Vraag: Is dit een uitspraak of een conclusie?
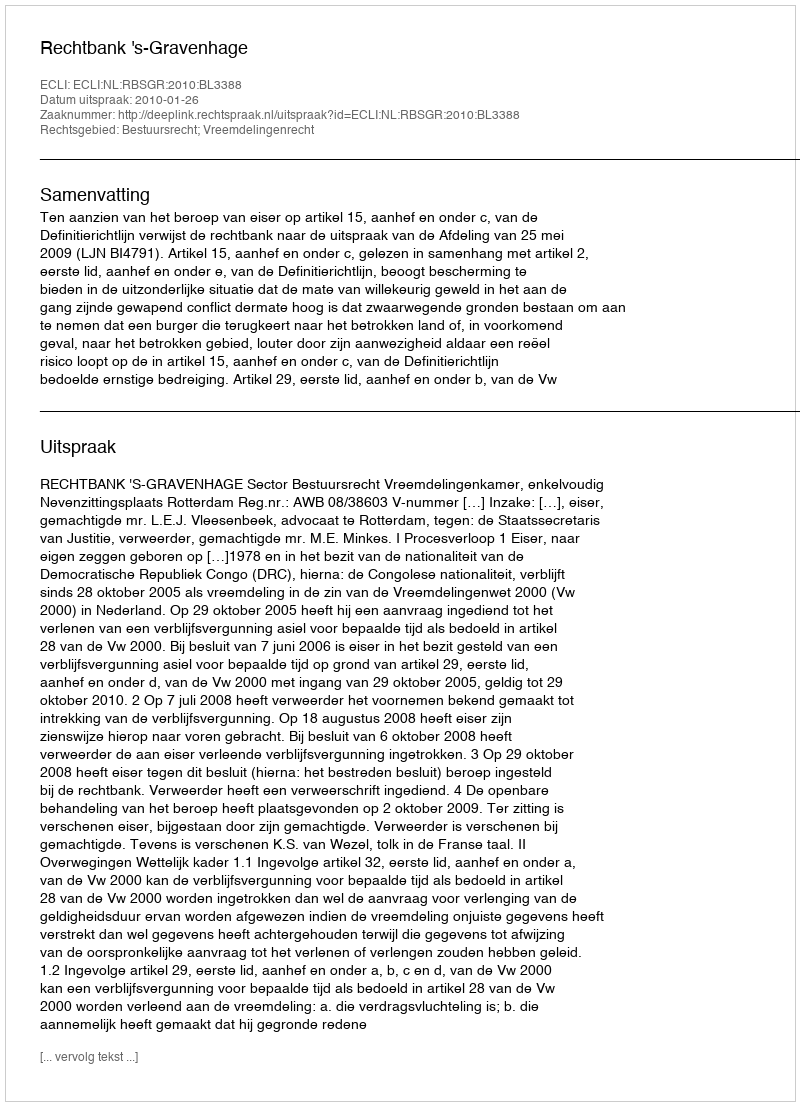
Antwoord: Uitspraak